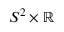
S ^ { 2 } \times \mathbb { R }